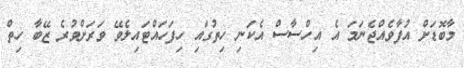
މާބޮޑަށް އުފާވެއްޖެނަމަ އެ އިހްސާސް އެކަނި ހިތުގައި ހިފަހައްޓައިލެވޭ ވަރަށްވުރެ ޒޭބާ ހިތް